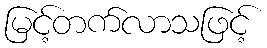
မြင့်တက်လာသဖြင့်